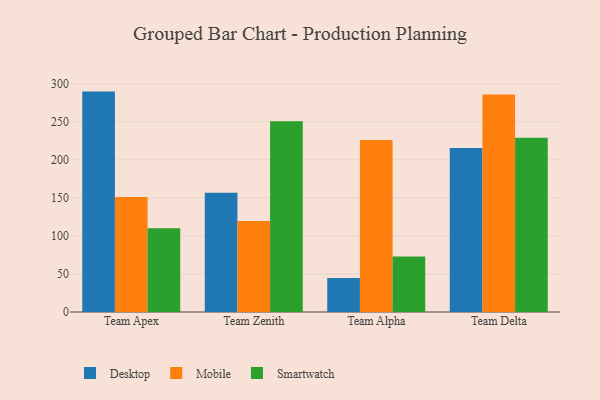
{"axis": {"x": "Team", "y": "Gross Profit (USD K)"}, "legend": ["Desktop", "Mobile", "Smartwatch"], "data": [{"x": "Team Apex", "y": 289.6, "type": "Desktop"}, {"x": "Team Apex", "y": 151.1, "type": "Mobile"}, {"x": "Team Apex", "y": 110.0, "type": "Smartwatch"}, {"x": "Team Zenith", "y": 156.8, "type": "Desktop"}, {"x": "Team Zenith", "y": 119.6, "type": "Mobile"}, {"x": "Team Zenith", "y": 250.5, "type": "Smartwatch"}, {"x": "Team Alpha", "y": 44.6, "type": "Desktop"}, {"x": "Team Alpha", "y": 225.9, "type": "Mobile"}, {"x": "Team Alpha", "y": 73.0, "type": "Smartwatch"}, {"x": "Team Delta", "y": 215.6, "type": "Desktop"}, {"x": "Team Delta", "y": 285.8, "type": "Mobile"}, {"x": "Team Delta", "y": 228.8, "type": "Smartwatch"}]}